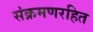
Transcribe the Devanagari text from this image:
संक्रमणरहित